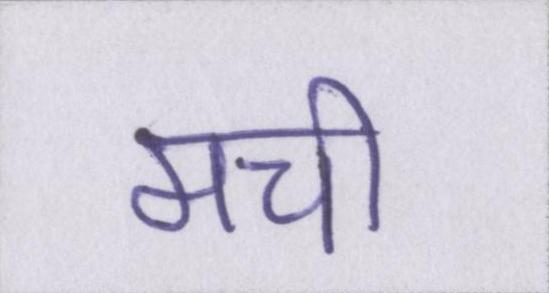
मची